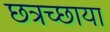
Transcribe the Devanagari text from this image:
छत्रच्छाया